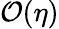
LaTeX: {\cal O}(\eta)